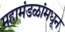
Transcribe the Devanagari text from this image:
महामंडळांमधून